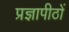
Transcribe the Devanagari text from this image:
प्रज्ञापीठों